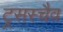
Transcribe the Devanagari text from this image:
ट्रसस्चैव